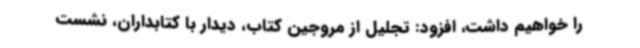
را خواهیم داشت، افزود: تجلیل از مروجین کتاب، دیدار با کتابداران، نشست